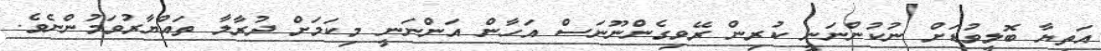
އަތިޔާ ބޮލީވުޑަށް ނުކުންނަނީ ކުރިން ރޭވިގެންނޫނަސް އަހާން އަންނަނީ މިކަމަށް ދުރާލާ ތައްޔާރުވަމުންނެވެ.